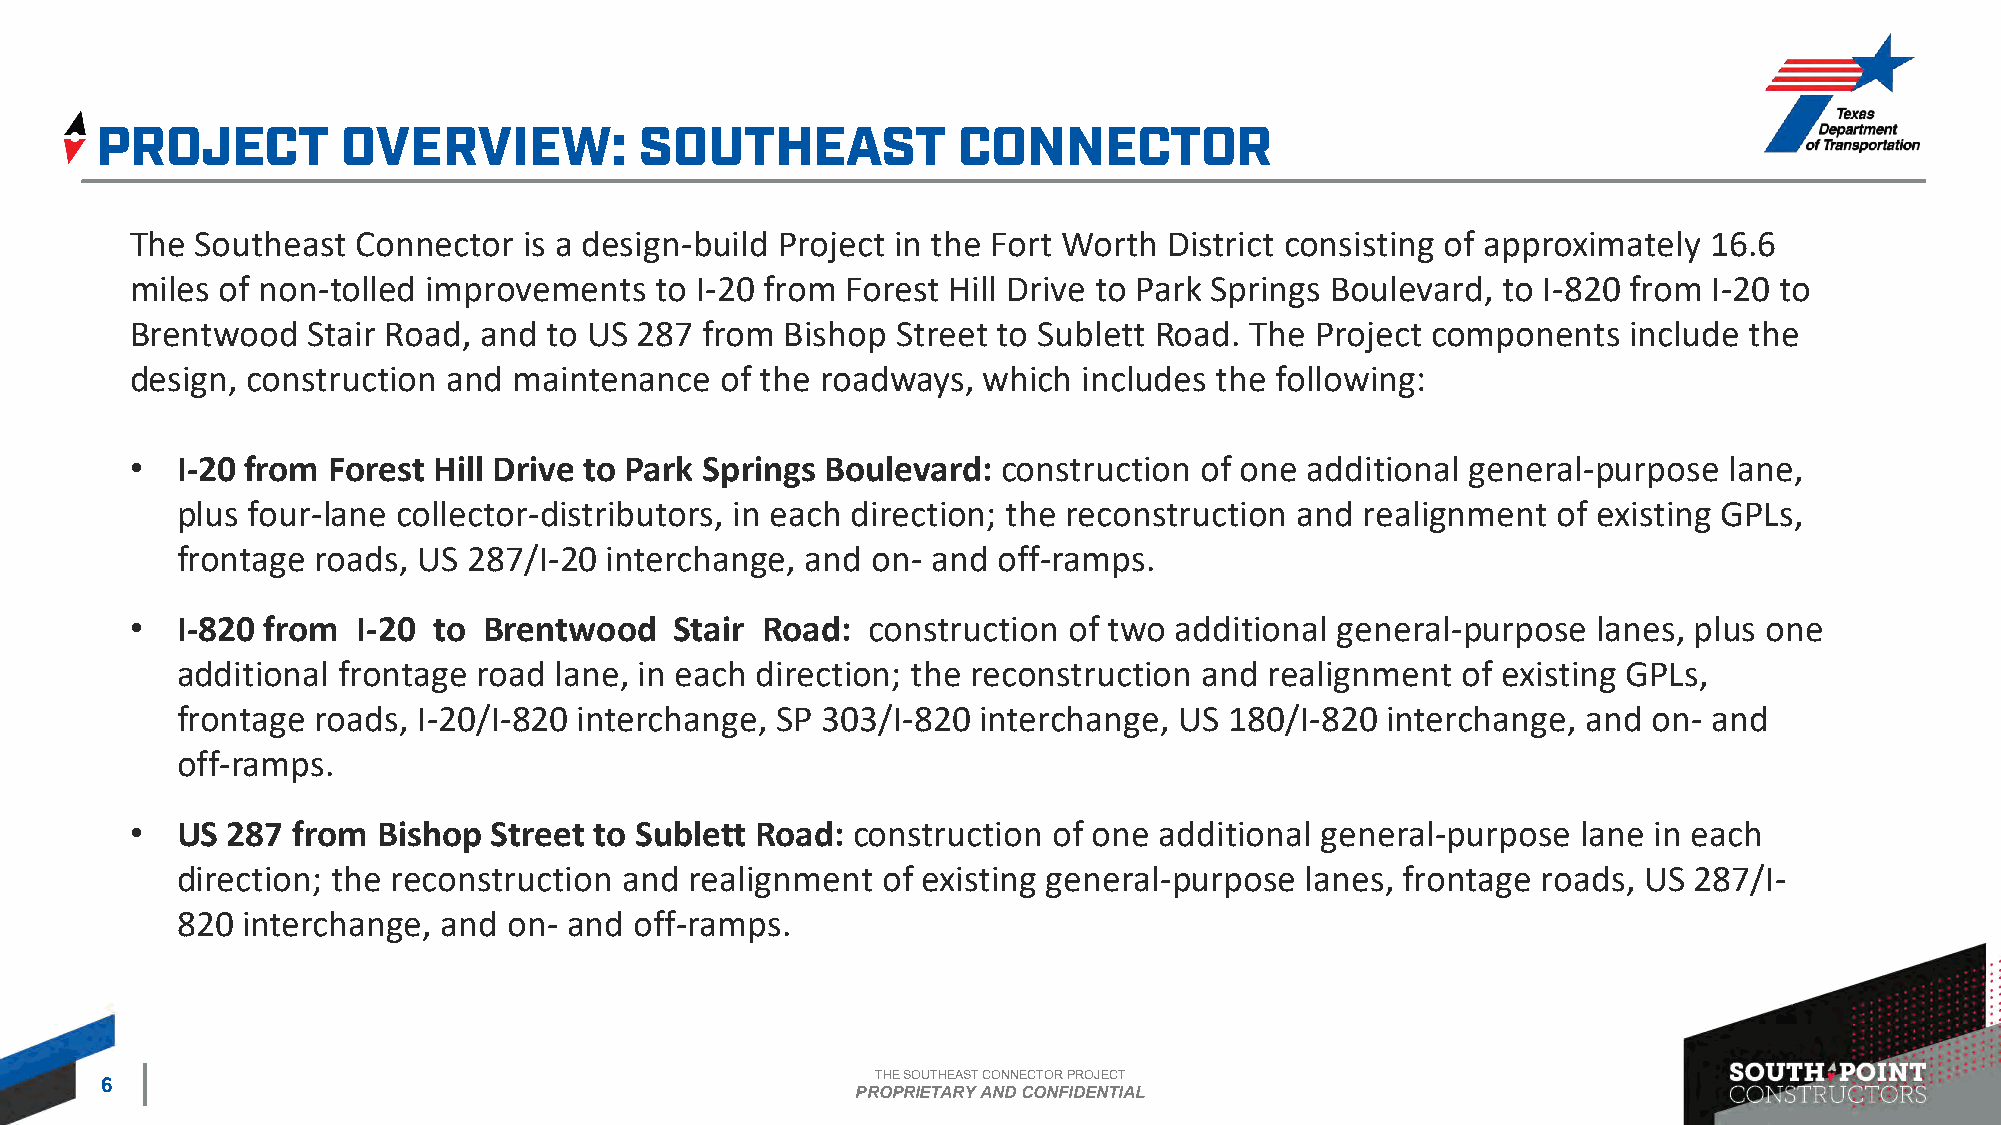
The Southeast  Connector  is a design-build Project in the Fort Worth District consisting of approximately 16.6
 miles of non-tolled improvements  to I-20 from Forest Hill Drive to Park Springs Boulevard, to I-820 from I-20 to
 Brentwood  Stair Road, and to US 287 from  Bishop Street to Sublett Road. The Project components   include the
 design, construction and maintenance   of the roadways, which  includes the following:
 •  I-20 from Forest Hill Drive to Park Springs Boulevard: construction of one additional general-purpose lane,
 plus four-lane collector-distributors, in each direction; the reconstruction and realignment of existing GPLs,
 frontage roads, US 287/I-20 interchange, and  on- and off-ramps.
 •  I-820 from  I-20 to Brentwood    Stair Road: construction  of two additional general-purpose  lanes, plus one
 additional frontage road lane, in each direction; the reconstruction and realignment of existing GPLs,
 frontage roads, I-20/I-820 interchange, SP 303/I-820 interchange, US 180/I-820  interchange, and on- and
 off-ramps.
 •  US 287 from  Bishop Street to Sublett Road: construction  of one additional general-purpose  lane in each
 direction; the reconstruction and realignment of existing general-purpose lanes, frontage roads, US 287/I-
 820 interchange, and  on- and off-ramps.
 THE SOUTHEAST CONNECTOR PROJECT
 6
 PROPRIETARY AND CONFIDENTIAL